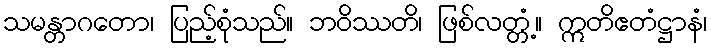
သမန္တာဂတော၊ ပြည့်စုံသည်။ ဘဝိဿတိ၊ ဖြစ်လတ္တံ့။ ဣတိဧတံဋ္ဌာနံ၊